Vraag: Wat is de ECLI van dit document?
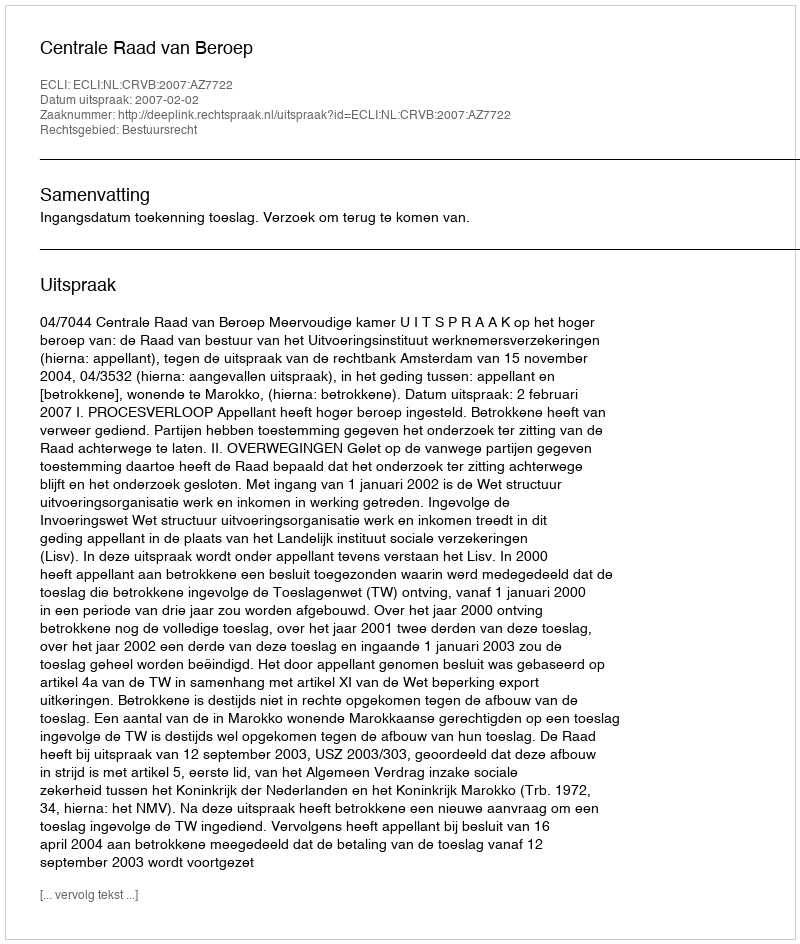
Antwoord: ECLI:NL:CRVB:2007:AZ7722